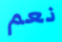
نعم